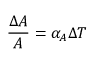
{ \frac { \Delta A } { A } } = \alpha _ { A } \Delta T